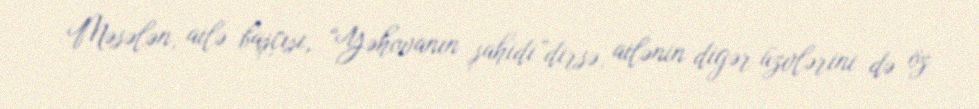
Məsələn, ailə başçısı, “Yəhovanın şahidi”dirsə, ailənin digər üzvlərini də öz